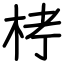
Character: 𣑥